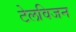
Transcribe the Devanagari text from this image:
टेलविजन